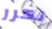
نكرر